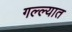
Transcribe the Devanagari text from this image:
गल्ल्यात